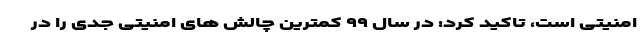
امنیتی است، تاکید کرد: در سال ۹۹ کمترین چالش های امنیتی جدی را در